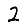
Digit: 2